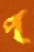
প্